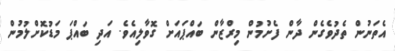
އެތަނުން ތެދުވެގެން ދާން ފެށުމުން މިރްޒާން ބައްޕައަށް ގޮވާލިއެވެ. އަދި ބައްޕަ މަޑުކޮށްލުމުން